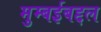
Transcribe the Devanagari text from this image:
मुम्बईबद्दल